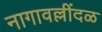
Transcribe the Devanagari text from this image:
नागावल्लींदळ